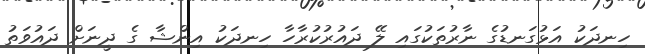
ހިނދަކު އަޅުގަނޑުގެ ނާރުތަކުގައި ލޭ ދައުރުކުރާހާ ހިނދަކު އިންޝާ ގެ ދީނަށް ދައުވަތު